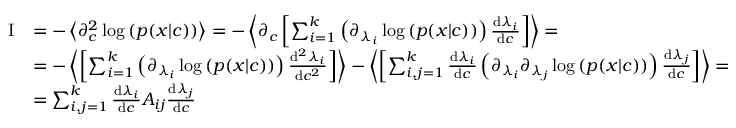
\begin{array} { r l } { \mathrm { I } } & { = - \left\langle \partial _ { c } ^ { 2 } \log \left( p ( x | c ) \right) \right\rangle = - \left\langle \partial _ { c } \left[ \sum _ { i = 1 } ^ { k } \left( \partial _ { \lambda _ { i } } \log \left( p ( x | c ) \right) \right) \frac { \mathrm { d } \lambda _ { i } } { \mathrm { d } c } \right] \right\rangle = } \\ & { = - \left\langle \left[ \sum _ { i = 1 } ^ { k } \left( \partial _ { \lambda _ { i } } \log \left( p ( x | c ) \right) \right) \frac { \mathrm { d } ^ { 2 } \lambda _ { i } } { \mathrm { d } c ^ { 2 } } \right] \right\rangle - \left\langle \left[ \sum _ { i , j = 1 } ^ { k } \frac { \mathrm { d } \lambda _ { i } } { \mathrm { d } c } \left( \partial _ { \lambda _ { i } } \partial _ { \lambda _ { j } } \log \left( p ( x | c ) \right) \right) \frac { \mathrm { d } \lambda _ { j } } { \mathrm { d } c } \right] \right\rangle = } \\ & { = \sum _ { i , j = 1 } ^ { k } \frac { \mathrm { d } \lambda _ { i } } { \mathrm { d } c } A _ { i j } \frac { \mathrm { d } \lambda _ { j } } { \mathrm { d } c } } \end{array}